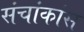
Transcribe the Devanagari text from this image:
संचांकांस